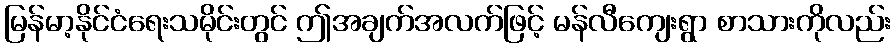
မြန်မာ့နိုင်ငံရေးသမိုင်းတွင် ဤအချက်အလက်ဖြင့် မန်လီကျေးရွာ စာသားကိုလည်း